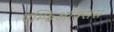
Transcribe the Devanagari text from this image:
एम्फिऑक्सस